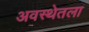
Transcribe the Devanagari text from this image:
अवस्थेतला